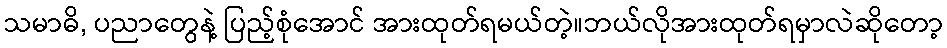
သမာဓိ, ပညာတွေနဲ့ ပြည့်စုံအောင် အားထုတ်ရမယ်တဲ့။ဘယ်လိုအားထုတ်ရမှာလဲဆိုတော့